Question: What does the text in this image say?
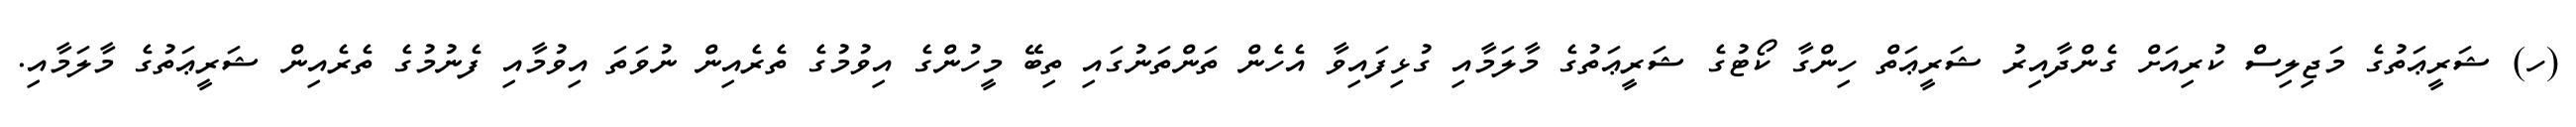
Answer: (ހ) ޝަރީޢަތުގެ މަޖިލިސް ކުރިއަށް ގެންދާއިރު ޝަރީޢަތް ހިންގާ ކޯޓުގެ ޝަރީޢަތުގެ މާލަމާއި ގުޅިފައިވާ އެހެން ތަންތަނުގައި ތިބޭ މީހުންގެ އިވުމުގެ ތެރެއިން ނުވަތަ އިވުމާއި ފެނުމުގެ ތެރެއިން ޝަރީޢަތުގެ މާލަމާއި.